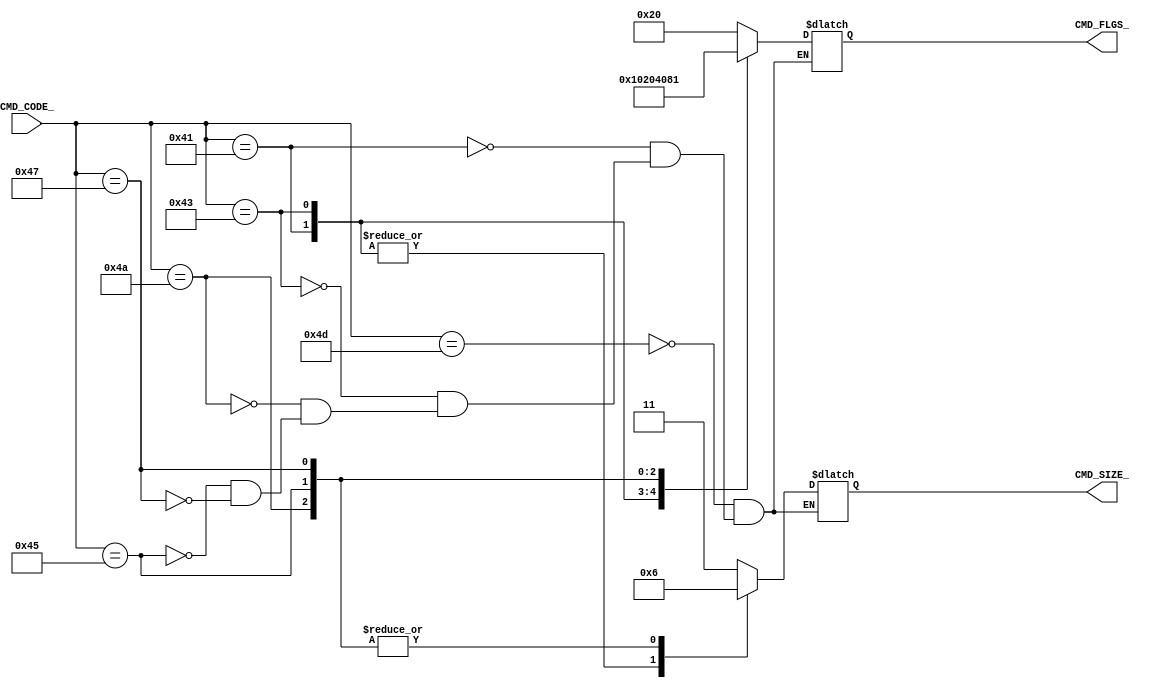

`define _CMD_MOV_CODE 77
`define _CMD_ADD_CODE 65
`define _CMD_CMP_CODE 67

`define _CMD_JMP_CODE 74
`define _CMD_JEQ_CODE 69
`define _CMD_JGG_CODE 71

module Decoder (

    /* cmd to decode */
    input wire  [7:0] CMD_CODE_         ,

    /* size of decoded cmd */
    output reg  [1:0] CMD_SIZE_ = 0   ,
    /* only one flag should be 1 - executable cmd flag */
    output reg  [5:0] CMD_FLGS_ = 0

);

    /* cmd decode */
    always @(*) begin
        case (CMD_CODE_)

            `_CMD_MOV_CODE: CMD_FLGS_ = 6'b100000;
            `_CMD_ADD_CODE: CMD_FLGS_ = 6'b010000;
            `_CMD_CMP_CODE: CMD_FLGS_ = 6'b001000;

            `_CMD_JMP_CODE: CMD_FLGS_ = 6'b000100;
            `_CMD_JEQ_CODE: CMD_FLGS_ = 6'b000010;
            `_CMD_JGG_CODE: CMD_FLGS_ = 6'b000001;

        endcase
    end

    /* cmd size decode */
    always @(*) begin
        case (CMD_CODE_)

            `_CMD_MOV_CODE: CMD_SIZE_ = 2'b11;
            `_CMD_ADD_CODE: CMD_SIZE_ = 2'b01;
            `_CMD_CMP_CODE: CMD_SIZE_ = 2'b01;

            `_CMD_JMP_CODE: CMD_SIZE_ = 2'b10;
            `_CMD_JEQ_CODE: CMD_SIZE_ = 2'b10;
            `_CMD_JGG_CODE: CMD_SIZE_ = 2'b10;

        endcase
    end

endmodule